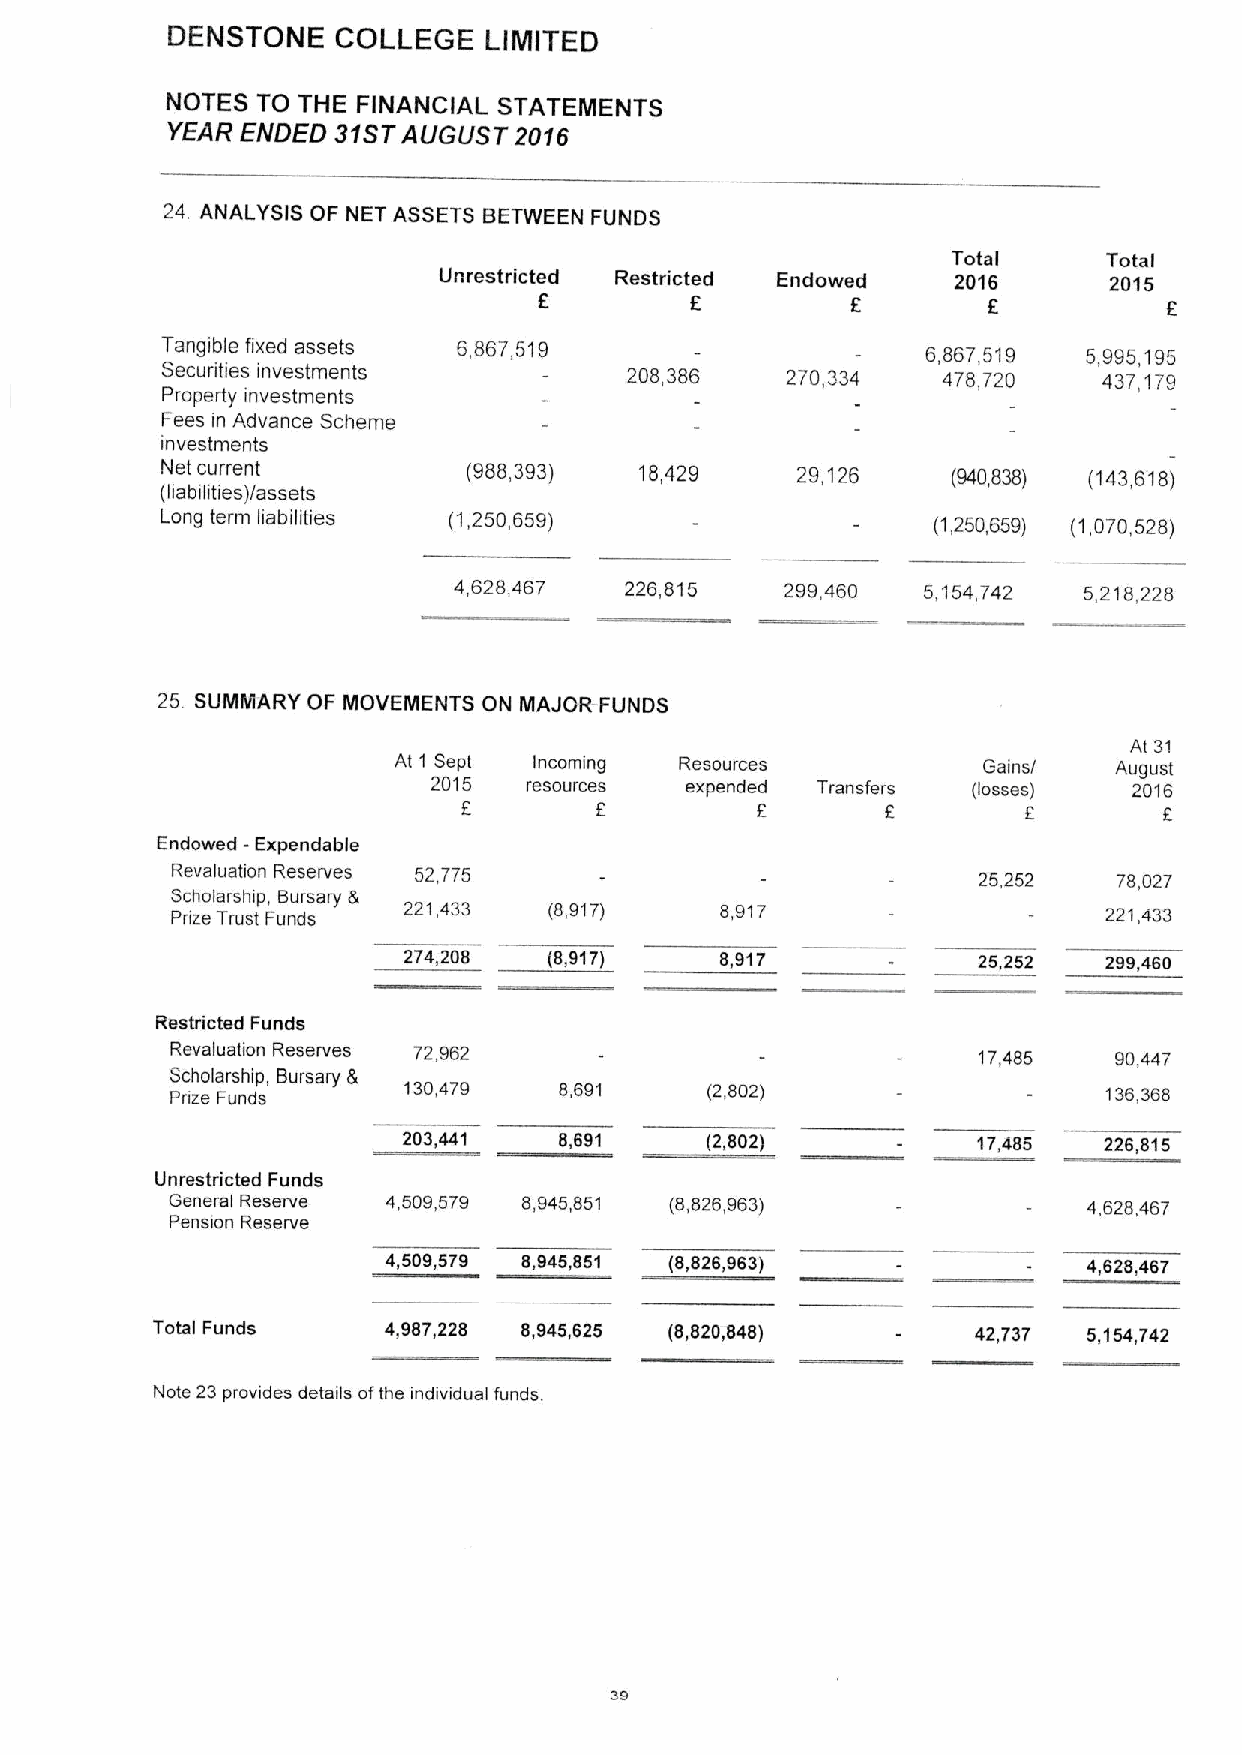
DENSTONE   COLLEGE   LIMITED
 NOTES TO THE FINANCIAL STATEMENTS
 YEAR ENDED 31ST AUGLIS7 2016
 24. ANALYSIS OF NET ASSETS BETWEEN FUNDS
 Total     Total
 Unrestricted Restricted Endowed   2016      2015
 f         f         f        f           f
 Tangible fixed assets 5,867,519                   6,867,519  5,995,195
 Securities investments         208,366   270,334   478,720    437,179
 Property investments
 Fees in Advance Scheme
 investments
 Net current         (988,393)  18,429     29,126    (940,838) (143,618)
 (liabilities)/assets
 Long term habilities (1,250,659)
 (1,250,659) (1,070,528)
 4,626,467  226,815    299,460  5,154,742  5,218,228
 25 SUMMARY OF MOVEMENTS ON MAJOR-FUNDS
 At 31
 At 1 Sept Incoming Resources           Gains/   August
 2015  resources expended Transfers (losses)   2016
 f          f                 f        f
 Endowed -Expendable
 Revaluation Reserves 52,775                           25,252   78,027
 Scholarship, Bursary &
 Prize Trust Funds 221,433 (8,917)    8,917                    221,433
 274,208  (8,917)     8,917            25,252  299,460
 Restricted Funds
 Revaluation Reserves 72,962                           17,485   90,447
 Scholarship, Bursary &
 Pnze Funds      130,479   8,691     (2,802)                   136,368
 203,441   8,691     (2,802)           17,485  226,815
 Unrestricted Funds
 General Reserve 4,509,579 8,945,851 (8,826,963)              4,628,467
 Pension Reserve
 4,509,579 8,945,851 (8,826,963)               4,628,467
 Total Funds    4,987,228 8,945,625 (8,820,848)         42,737 5,154,742
 Note 23provides details ofthe individual funds.
 sg